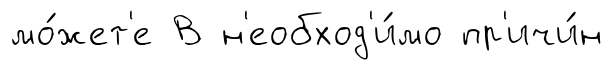
мо́жет'е В н'еобход'и́мо пр'ичи́н